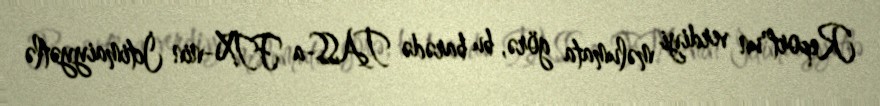
Report"un verdiyi məlumata görə, bu barədə TASS-a FTX-nin İctimaiyyətlə